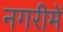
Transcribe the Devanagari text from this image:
नगरीमें